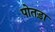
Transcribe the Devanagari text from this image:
पोतड़ा